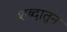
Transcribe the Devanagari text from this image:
शब्दातुन